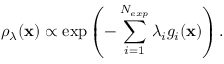
\rho _ { \lambda } ( \mathbf { x } ) \propto \exp \left( - \sum _ { i = 1 } ^ { N _ { e x p } } \lambda _ { i } g _ { i } ( \mathbf { x } ) \right) .